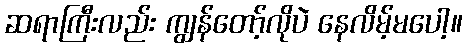
ဆရာကြီးလည်း ကျွန်တော့်လိုပဲ နေလိမ့်မပေါ့။